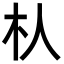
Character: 朲